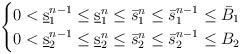
LaTeX: \begin{align*}\begin{cases}0<\underbar s_1^{n-1}\leq \underbar s_1^n\leq \bar s_1^n\leq \bar s^{n-1}_1\le \bar B_1\cr0<\underbar s_2^{n-1}\leq \underbar s_2^n\leq \bar s_2^n\leq \bar s_2^{n-1}\le B_2\end{cases}\end{align*}